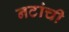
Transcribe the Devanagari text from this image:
नटांची